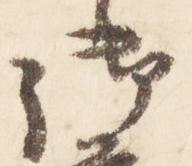
御